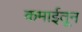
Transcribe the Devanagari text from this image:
कमाईतून